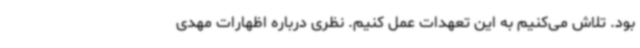
بود. تلاش می‌کنیم به این تعهدات عمل کنیم. نظری درباره اظهارات مهدی